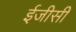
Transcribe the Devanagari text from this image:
ईजीसी